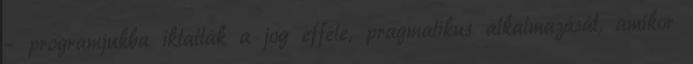
– programjukba iktatták a jog efféle, pragmatikus alkalmazását, amikor